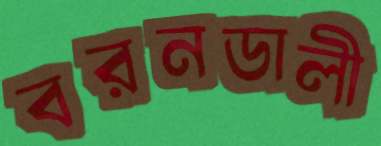
বরনডালী